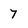
Character: 7